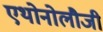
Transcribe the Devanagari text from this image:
एथोनोलौजी